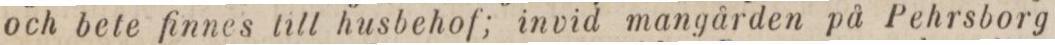
och bete finnes till husbehof; invid mangården på Pehrsborg